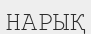
НАРЫҚ